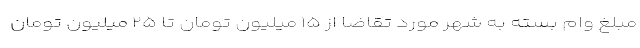
مبلغ وام بسته به شهر مورد تقاضا از ۱۵ میلیون تومان تا ۲۵ میلیون تومان